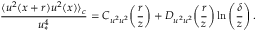
\frac { \langle u ^ { 2 } ( x + r ) u ^ { 2 } ( x ) \rangle _ { c } } { u _ { \ast } ^ { 4 } } = C _ { u ^ { 2 } u ^ { 2 } } \! \left( \frac { r } { z } \right) + D _ { u ^ { 2 } u ^ { 2 } } \! \left( \frac { r } { z } \right) \ln \left( \frac { \delta } { z } \right) .